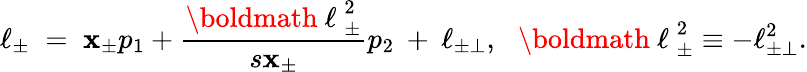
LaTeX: \ell_{\pm}\; =\; \mathbf{x}_{\pm}p_{1}+\frac{{\mathrm{{\boldmath~\ell~}}_{\pm}^{2}}}{{s\mathbf{x}_{\pm}}}p_{2}\: +\: \ell_{\pm\perp},\: \: \: \mathrm{{\boldmath~\ell~}}_{\pm}^{2}\equiv-\ell_{\pm\perp}^{2}.